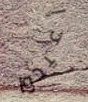
أعيدوا